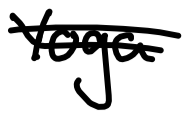
Text: Yoga
Cross-out: mix
Writing tool: digital_black